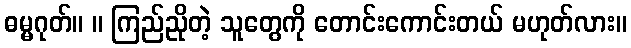
ဓမ္မဂုတ်။ ။ ကြည်ညိုတဲ့ သူတွေကို တောင်းကောင်းတယ် မဟုတ်လား။